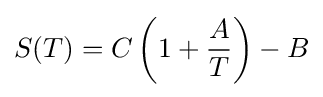
S(T)=C\left(1+{\frac {A}{T}}\right)-B